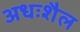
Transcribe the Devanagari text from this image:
अधःशैल